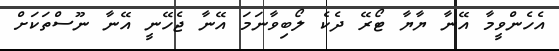
އެހެންވީމާ އޭނާ ޔާޔާ ޓޯރޭ ދެކެ ލޯބިވާނަމަ އޭނާ ޖެހޭނީ އޭނާ ނޫސްތަކަށް